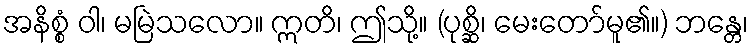
အနိစ္စံ ဝါ၊ မမြဲသလော။ ဣတိ၊ ဤသို့။ (ပုစ္ဆိ၊ မေးတော်မူ၏။) ဘန္တေ၊